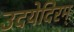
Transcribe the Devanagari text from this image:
उदयेदिरम्